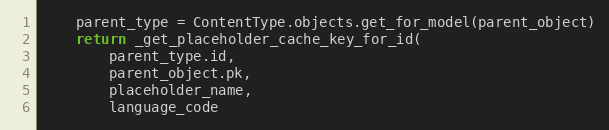
Language: Python
    parent_type = ContentType.objects.get_for_model(parent_object)
    return _get_placeholder_cache_key_for_id(
        parent_type.id,
        parent_object.pk,
        placeholder_name,
        language_code